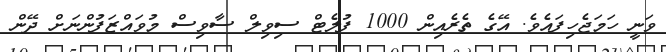
ވަނީ ހަމަޖެހިފައެވެ. އޭގެ ތެރެއިން 1000 ފުލެޓް ސިވިލް ސާވިސް މުވައްޒަފުންނަށް ދޭން